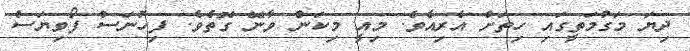
ދިޔަ މަގުމަތީގައި ހިތަށް އެރިއެވެ. މިއީ މިކަން ވާނޭ ގޮތެވެ. ފިހުނަސް ފޯވިޔަސް